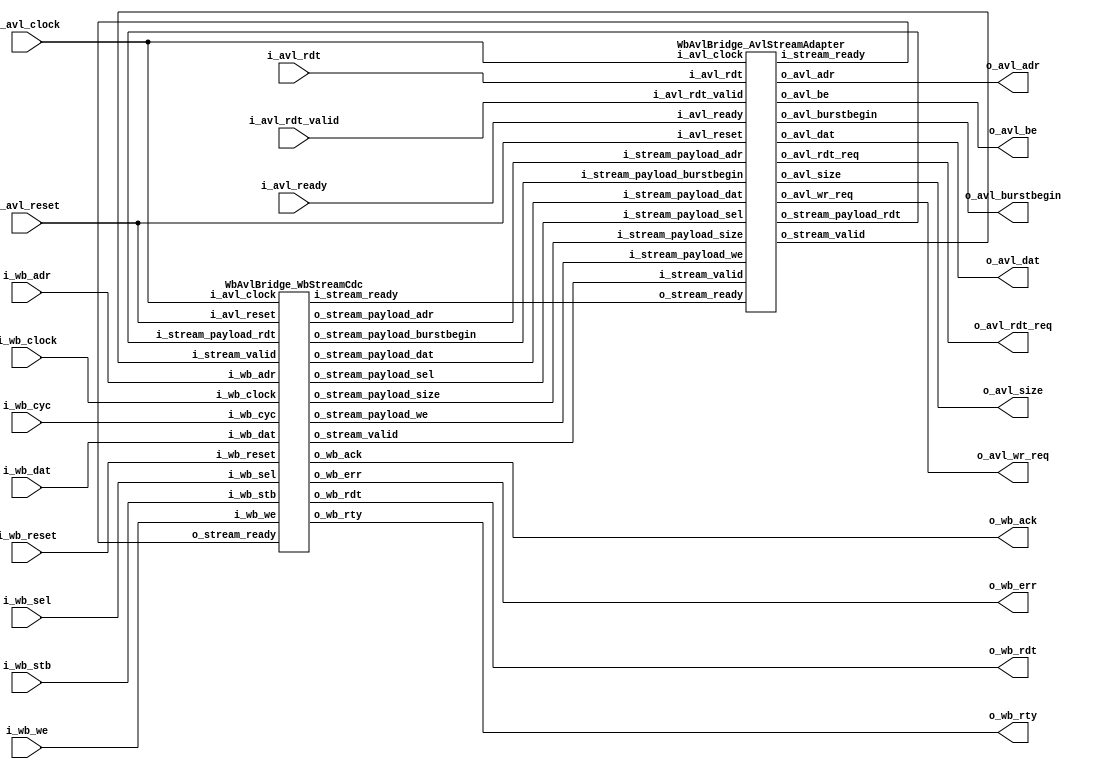
// Generator : SpinalHDL v1.6.4    git head : 598c18959149eb18e5eee5b0aa3eef01ecaa41a1
// Component : WbAvlBridge
// Git hash  : 0d73750da08867d712ad142e7a44c2b5ab44ff1b

`timescale 1ns/1ps 

module WbAvlBridge (
  input               i_wb_clock,
  input               i_wb_reset,
  input      [31:0]   i_wb_adr,
  input      [3:0]    i_wb_sel,
  input      [31:0]   i_wb_dat,
  output     [31:0]   o_wb_rdt,
  input               i_wb_we,
  input               i_wb_cyc,
  input               i_wb_stb,
  output              o_wb_ack,
  output              o_wb_err,
  output              o_wb_rty,
  input               i_avl_clock,
  input               i_avl_reset,
  output              o_avl_burstbegin,
  output     [7:0]    o_avl_be,
  output     [25:0]   o_avl_adr,
  output     [63:0]   o_avl_dat,
  output              o_avl_wr_req,
  output              o_avl_rdt_req,
  output     [2:0]    o_avl_size,
  input      [63:0]   i_avl_rdt,
  input               i_avl_ready,
  input               i_avl_rdt_valid
);

  wire       [31:0]   wb_stream_o_wb_rdt;
  wire                wb_stream_o_wb_ack;
  wire                wb_stream_o_wb_err;
  wire                wb_stream_o_wb_rty;
  wire                wb_stream_i_stream_ready;
  wire                wb_stream_o_stream_valid;
  wire                wb_stream_o_stream_payload_we;
  wire       [25:0]   wb_stream_o_stream_payload_adr;
  wire       [63:0]   wb_stream_o_stream_payload_dat;
  wire       [7:0]    wb_stream_o_stream_payload_sel;
  wire                wb_stream_o_stream_payload_burstbegin;
  wire       [2:0]    wb_stream_o_stream_payload_size;
  wire                avl_stream_adapter_o_avl_burstbegin;
  wire       [7:0]    avl_stream_adapter_o_avl_be;
  wire       [25:0]   avl_stream_adapter_o_avl_adr;
  wire       [63:0]   avl_stream_adapter_o_avl_dat;
  wire                avl_stream_adapter_o_avl_wr_req;
  wire                avl_stream_adapter_o_avl_rdt_req;
  wire       [2:0]    avl_stream_adapter_o_avl_size;
  wire                avl_stream_adapter_o_stream_valid;
  wire       [63:0]   avl_stream_adapter_o_stream_payload_rdt;
  wire                avl_stream_adapter_i_stream_ready;

  WbAvlBridge_WbStreamCdc wb_stream (
    .i_wb_clock                     (i_wb_clock                                     ), //i
    .i_wb_reset                     (i_wb_reset                                     ), //i
    .i_wb_adr                       (i_wb_adr[31:0]                                 ), //i
    .i_wb_sel                       (i_wb_sel[3:0]                                  ), //i
    .i_wb_dat                       (i_wb_dat[31:0]                                 ), //i
    .o_wb_rdt                       (wb_stream_o_wb_rdt[31:0]                       ), //o
    .i_wb_we                        (i_wb_we                                        ), //i
    .i_wb_cyc                       (i_wb_cyc                                       ), //i
    .i_wb_stb                       (i_wb_stb                                       ), //i
    .o_wb_ack                       (wb_stream_o_wb_ack                             ), //o
    .o_wb_err                       (wb_stream_o_wb_err                             ), //o
    .o_wb_rty                       (wb_stream_o_wb_rty                             ), //o
    .i_avl_clock                    (i_avl_clock                                    ), //i
    .i_avl_reset                    (i_avl_reset                                    ), //i
    .i_stream_valid                 (avl_stream_adapter_o_stream_valid              ), //i
    .i_stream_ready                 (wb_stream_i_stream_ready                       ), //o
    .i_stream_payload_rdt           (avl_stream_adapter_o_stream_payload_rdt[63:0]  ), //i
    .o_stream_valid                 (wb_stream_o_stream_valid                       ), //o
    .o_stream_ready                 (avl_stream_adapter_i_stream_ready              ), //i
    .o_stream_payload_we            (wb_stream_o_stream_payload_we                  ), //o
    .o_stream_payload_adr           (wb_stream_o_stream_payload_adr[25:0]           ), //o
    .o_stream_payload_dat           (wb_stream_o_stream_payload_dat[63:0]           ), //o
    .o_stream_payload_sel           (wb_stream_o_stream_payload_sel[7:0]            ), //o
    .o_stream_payload_burstbegin    (wb_stream_o_stream_payload_burstbegin          ), //o
    .o_stream_payload_size          (wb_stream_o_stream_payload_size[2:0]           )  //o
  );
  WbAvlBridge_AvlStreamAdapter avl_stream_adapter (
    .i_avl_clock                    (i_avl_clock                                    ), //i
    .i_avl_reset                    (i_avl_reset                                    ), //i
    .o_avl_burstbegin               (avl_stream_adapter_o_avl_burstbegin            ), //o
    .o_avl_be                       (avl_stream_adapter_o_avl_be[7:0]               ), //o
    .o_avl_adr                      (avl_stream_adapter_o_avl_adr[25:0]             ), //o
    .o_avl_dat                      (avl_stream_adapter_o_avl_dat[63:0]             ), //o
    .o_avl_wr_req                   (avl_stream_adapter_o_avl_wr_req                ), //o
    .o_avl_rdt_req                  (avl_stream_adapter_o_avl_rdt_req               ), //o
    .o_avl_size                     (avl_stream_adapter_o_avl_size[2:0]             ), //o
    .i_avl_rdt                      (i_avl_rdt[63:0]                                ), //i
    .i_avl_ready                    (i_avl_ready                                    ), //i
    .i_avl_rdt_valid                (i_avl_rdt_valid                                ), //i
    .o_stream_valid                 (avl_stream_adapter_o_stream_valid              ), //o
    .o_stream_ready                 (wb_stream_i_stream_ready                       ), //i
    .o_stream_payload_rdt           (avl_stream_adapter_o_stream_payload_rdt[63:0]  ), //o
    .i_stream_valid                 (wb_stream_o_stream_valid                       ), //i
    .i_stream_ready                 (avl_stream_adapter_i_stream_ready              ), //o
    .i_stream_payload_we            (wb_stream_o_stream_payload_we                  ), //i
    .i_stream_payload_adr           (wb_stream_o_stream_payload_adr[25:0]           ), //i
    .i_stream_payload_dat           (wb_stream_o_stream_payload_dat[63:0]           ), //i
    .i_stream_payload_sel           (wb_stream_o_stream_payload_sel[7:0]            ), //i
    .i_stream_payload_burstbegin    (wb_stream_o_stream_payload_burstbegin          ), //i
    .i_stream_payload_size          (wb_stream_o_stream_payload_size[2:0]           )  //i
  );
  assign o_wb_rdt = wb_stream_o_wb_rdt;
  assign o_wb_ack = wb_stream_o_wb_ack;
  assign o_wb_err = wb_stream_o_wb_err;
  assign o_wb_rty = wb_stream_o_wb_rty;
  assign o_avl_burstbegin = avl_stream_adapter_o_avl_burstbegin;
  assign o_avl_be = avl_stream_adapter_o_avl_be;
  assign o_avl_adr = avl_stream_adapter_o_avl_adr;
  assign o_avl_dat = avl_stream_adapter_o_avl_dat;
  assign o_avl_wr_req = avl_stream_adapter_o_avl_wr_req;
  assign o_avl_rdt_req = avl_stream_adapter_o_avl_rdt_req;
  assign o_avl_size = avl_stream_adapter_o_avl_size;

endmodule

module WbAvlBridge_AvlStreamAdapter (
  input               i_avl_clock,
  input               i_avl_reset,
  output              o_avl_burstbegin,
  output     [7:0]    o_avl_be,
  output     [25:0]   o_avl_adr,
  output     [63:0]   o_avl_dat,
  output reg          o_avl_wr_req,
  output reg          o_avl_rdt_req,
  output     [2:0]    o_avl_size,
  input      [63:0]   i_avl_rdt,
  input               i_avl_ready,
  input               i_avl_rdt_valid,
  output reg          o_stream_valid,
  input               o_stream_ready,
  output     [63:0]   o_stream_payload_rdt,
  input               i_stream_valid,
  output reg          i_stream_ready,
  input               i_stream_payload_we,
  input      [25:0]   i_stream_payload_adr,
  input      [63:0]   i_stream_payload_dat,
  input      [7:0]    i_stream_payload_sel,
  input               i_stream_payload_burstbegin,
  input      [2:0]    i_stream_payload_size
);

  wire                when_AvlStreamAdapter_l66;

  always @(*) begin
    i_stream_ready = 1'b0;
    if(when_AvlStreamAdapter_l66) begin
      i_stream_ready = 1'b1;
    end
  end

  assign o_avl_burstbegin = i_stream_payload_burstbegin;
  assign o_avl_be = i_stream_payload_sel;
  assign o_avl_adr = i_stream_payload_adr;
  assign o_avl_dat = i_stream_payload_dat;
  always @(*) begin
    o_avl_wr_req = 1'b0;
    if(when_AvlStreamAdapter_l66) begin
      o_avl_wr_req = i_stream_payload_we;
    end
  end

  always @(*) begin
    o_avl_rdt_req = 1'b0;
    if(when_AvlStreamAdapter_l66) begin
      o_avl_rdt_req = (! i_stream_payload_we);
    end
  end

  assign o_avl_size = i_stream_payload_size;
  always @(*) begin
    o_stream_valid = 1'b0;
    if(i_avl_rdt_valid) begin
      o_stream_valid = 1'b1;
    end
  end

  assign o_stream_payload_rdt = i_avl_rdt;
  assign when_AvlStreamAdapter_l66 = (i_stream_valid && i_avl_ready);

endmodule

module WbAvlBridge_WbStreamCdc (
  input               i_wb_clock,
  input               i_wb_reset,
  input      [31:0]   i_wb_adr,
  input      [3:0]    i_wb_sel,
  input      [31:0]   i_wb_dat,
  output reg [31:0]   o_wb_rdt,
  input               i_wb_we,
  input               i_wb_cyc,
  input               i_wb_stb,
  output reg          o_wb_ack,
  output              o_wb_err,
  output              o_wb_rty,
  input               i_avl_clock,
  input               i_avl_reset,
  input               i_stream_valid,
  output reg          i_stream_ready,
  input      [63:0]   i_stream_payload_rdt,
  output reg          o_stream_valid,
  input               o_stream_ready,
  output              o_stream_payload_we,
  output     [25:0]   o_stream_payload_adr,
  output     [63:0]   o_stream_payload_dat,
  output     [7:0]    o_stream_payload_sel,
  output              o_stream_payload_burstbegin,
  output     [2:0]    o_stream_payload_size
);
  localparam wbClockArea_wbStateMachine_enumDef_BOOT = 2'd0;
  localparam wbClockArea_wbStateMachine_enumDef_Init = 2'd1;
  localparam wbClockArea_wbStateMachine_enumDef_Idle = 2'd2;
  localparam wbClockArea_wbStateMachine_enumDef_Read = 2'd3;
  localparam avlClockArea_avlStateMachine_enumDef_BOOT = 2'd0;
  localparam avlClockArea_avlStateMachine_enumDef_Init = 2'd1;
  localparam avlClockArea_avlStateMachine_enumDef_Idle = 2'd2;
  localparam avlClockArea_avlStateMachine_enumDef_Read = 2'd3;

  wire                fromWbStreamFifo_io_push_ready;
  wire                fromWbStreamFifo_io_pop_valid;
  wire                fromWbStreamFifo_io_pop_payload_we;
  wire       [25:0]   fromWbStreamFifo_io_pop_payload_adr;
  wire       [7:0]    fromWbStreamFifo_io_pop_payload_sel;
  wire       [63:0]   fromWbStreamFifo_io_pop_payload_dat;
  wire       [3:0]    fromWbStreamFifo_io_pushOccupancy;
  wire       [3:0]    fromWbStreamFifo_io_popOccupancy;
  wire                fromMemStreamFifoCC_io_push_ready;
  wire                fromMemStreamFifoCC_io_pop_valid;
  wire       [63:0]   fromMemStreamFifoCC_io_pop_payload_rdt;
  wire       [1:0]    fromMemStreamFifoCC_io_pushOccupancy;
  wire       [1:0]    fromMemStreamFifoCC_io_popOccupancy;
  reg        [7:0]    sel;
  reg                 fromWbToCdcStream_valid;
  wire                fromWbToCdcStream_ready;
  wire                fromWbToCdcStream_payload_we;
  wire       [25:0]   fromWbToCdcStream_payload_adr;
  wire       [7:0]    fromWbToCdcStream_payload_sel;
  wire       [63:0]   fromWbToCdcStream_payload_dat;
  wire                fromCdcToMemStream_valid;
  reg                 fromCdcToMemStream_ready;
  wire                fromCdcToMemStream_payload_we;
  wire       [25:0]   fromCdcToMemStream_payload_adr;
  wire       [7:0]    fromCdcToMemStream_payload_sel;
  wire       [63:0]   fromCdcToMemStream_payload_dat;
  reg                 fromMemToCdcStream_valid;
  wire                fromMemToCdcStream_ready;
  wire       [63:0]   fromMemToCdcStream_payload_rdt;
  wire                fromCdcToWbStream_valid;
  reg                 fromCdcToWbStream_ready;
  wire       [63:0]   fromCdcToWbStream_payload_rdt;
  wire                switch_WbStreamCdc_l184;
  wire                wbClockArea_wbStateMachine_wantExit;
  reg                 wbClockArea_wbStateMachine_wantStart;
  wire                wbClockArea_wbStateMachine_wantKill;
  wire                avlClockArea_avlStateMachine_wantExit;
  reg                 avlClockArea_avlStateMachine_wantStart;
  wire                avlClockArea_avlStateMachine_wantKill;
  reg        [1:0]    wbClockArea_wbStateMachine_stateReg;
  reg        [1:0]    wbClockArea_wbStateMachine_stateNext;
  wire                when_WbStreamCdc_l214;
  wire                when_WbStreamCdc_l217;
  reg        [1:0]    avlClockArea_avlStateMachine_stateReg;
  reg        [1:0]    avlClockArea_avlStateMachine_stateNext;
  `ifndef SYNTHESIS
  reg [31:0] wbClockArea_wbStateMachine_stateReg_string;
  reg [31:0] wbClockArea_wbStateMachine_stateNext_string;
  reg [31:0] avlClockArea_avlStateMachine_stateReg_string;
  reg [31:0] avlClockArea_avlStateMachine_stateNext_string;
  `endif


  WbAvlBridge_StreamFifoCC fromWbStreamFifo (
    .io_push_valid          (fromWbToCdcStream_valid                    ), //i
    .io_push_ready          (fromWbStreamFifo_io_push_ready             ), //o
    .io_push_payload_we     (fromWbToCdcStream_payload_we               ), //i
    .io_push_payload_adr    (fromWbToCdcStream_payload_adr[25:0]        ), //i
    .io_push_payload_sel    (fromWbToCdcStream_payload_sel[7:0]         ), //i
    .io_push_payload_dat    (fromWbToCdcStream_payload_dat[63:0]        ), //i
    .io_pop_valid           (fromWbStreamFifo_io_pop_valid              ), //o
    .io_pop_ready           (fromCdcToMemStream_ready                   ), //i
    .io_pop_payload_we      (fromWbStreamFifo_io_pop_payload_we         ), //o
    .io_pop_payload_adr     (fromWbStreamFifo_io_pop_payload_adr[25:0]  ), //o
    .io_pop_payload_sel     (fromWbStreamFifo_io_pop_payload_sel[7:0]   ), //o
    .io_pop_payload_dat     (fromWbStreamFifo_io_pop_payload_dat[63:0]  ), //o
    .io_pushOccupancy       (fromWbStreamFifo_io_pushOccupancy[3:0]     ), //o
    .io_popOccupancy        (fromWbStreamFifo_io_popOccupancy[3:0]      ), //o
    .i_wb_clock             (i_wb_clock                                 ), //i
    .i_wb_reset             (i_wb_reset                                 ), //i
    .i_avl_clock            (i_avl_clock                                )  //i
  );
  WbAvlBridge_StreamFifoCC_1 fromMemStreamFifoCC (
    .io_push_valid          (fromMemToCdcStream_valid                      ), //i
    .io_push_ready          (fromMemStreamFifoCC_io_push_ready             ), //o
    .io_push_payload_rdt    (fromMemToCdcStream_payload_rdt[63:0]          ), //i
    .io_pop_valid           (fromMemStreamFifoCC_io_pop_valid              ), //o
    .io_pop_ready           (fromCdcToWbStream_ready                       ), //i
    .io_pop_payload_rdt     (fromMemStreamFifoCC_io_pop_payload_rdt[63:0]  ), //o
    .io_pushOccupancy       (fromMemStreamFifoCC_io_pushOccupancy[1:0]     ), //o
    .io_popOccupancy        (fromMemStreamFifoCC_io_popOccupancy[1:0]      ), //o
    .i_avl_clock            (i_avl_clock                                   ), //i
    .i_avl_reset            (i_avl_reset                                   ), //i
    .i_wb_clock             (i_wb_clock                                    )  //i
  );
  `ifndef SYNTHESIS
  always @(*) begin
    case(wbClockArea_wbStateMachine_stateReg)
      wbClockArea_wbStateMachine_enumDef_BOOT : wbClockArea_wbStateMachine_stateReg_string = "BOOT";
      wbClockArea_wbStateMachine_enumDef_Init : wbClockArea_wbStateMachine_stateReg_string = "Init";
      wbClockArea_wbStateMachine_enumDef_Idle : wbClockArea_wbStateMachine_stateReg_string = "Idle";
      wbClockArea_wbStateMachine_enumDef_Read : wbClockArea_wbStateMachine_stateReg_string = "Read";
      default : wbClockArea_wbStateMachine_stateReg_string = "????";
    endcase
  end
  always @(*) begin
    case(wbClockArea_wbStateMachine_stateNext)
      wbClockArea_wbStateMachine_enumDef_BOOT : wbClockArea_wbStateMachine_stateNext_string = "BOOT";
      wbClockArea_wbStateMachine_enumDef_Init : wbClockArea_wbStateMachine_stateNext_string = "Init";
      wbClockArea_wbStateMachine_enumDef_Idle : wbClockArea_wbStateMachine_stateNext_string = "Idle";
      wbClockArea_wbStateMachine_enumDef_Read : wbClockArea_wbStateMachine_stateNext_string = "Read";
      default : wbClockArea_wbStateMachine_stateNext_string = "????";
    endcase
  end
  always @(*) begin
    case(avlClockArea_avlStateMachine_stateReg)
      avlClockArea_avlStateMachine_enumDef_BOOT : avlClockArea_avlStateMachine_stateReg_string = "BOOT";
      avlClockArea_avlStateMachine_enumDef_Init : avlClockArea_avlStateMachine_stateReg_string = "Init";
      avlClockArea_avlStateMachine_enumDef_Idle : avlClockArea_avlStateMachine_stateReg_string = "Idle";
      avlClockArea_avlStateMachine_enumDef_Read : avlClockArea_avlStateMachine_stateReg_string = "Read";
      default : avlClockArea_avlStateMachine_stateReg_string = "????";
    endcase
  end
  always @(*) begin
    case(avlClockArea_avlStateMachine_stateNext)
      avlClockArea_avlStateMachine_enumDef_BOOT : avlClockArea_avlStateMachine_stateNext_string = "BOOT";
      avlClockArea_avlStateMachine_enumDef_Init : avlClockArea_avlStateMachine_stateNext_string = "Init";
      avlClockArea_avlStateMachine_enumDef_Idle : avlClockArea_avlStateMachine_stateNext_string = "Idle";
      avlClockArea_avlStateMachine_enumDef_Read : avlClockArea_avlStateMachine_stateNext_string = "Read";
      default : avlClockArea_avlStateMachine_stateNext_string = "????";
    endcase
  end
  `endif

  assign o_wb_err = 1'b0;
  assign o_wb_rty = 1'b0;
  always @(*) begin
    fromWbToCdcStream_valid = 1'b0;
    case(wbClockArea_wbStateMachine_stateReg)
      wbClockArea_wbStateMachine_enumDef_Init : begin
      end
      wbClockArea_wbStateMachine_enumDef_Idle : begin
        if(when_WbStreamCdc_l214) begin
          fromWbToCdcStream_valid = 1'b1;
        end
      end
      wbClockArea_wbStateMachine_enumDef_Read : begin
      end
      default : begin
      end
    endcase
  end

  assign fromWbToCdcStream_payload_adr = i_wb_adr[28 : 3];
  assign fromWbToCdcStream_payload_dat = {i_wb_dat,i_wb_dat};
  assign fromWbToCdcStream_payload_we = i_wb_we;
  assign fromWbToCdcStream_payload_sel = sel;
  always @(*) begin
    fromCdcToMemStream_ready = 1'b0;
    case(avlClockArea_avlStateMachine_stateReg)
      avlClockArea_avlStateMachine_enumDef_Init : begin
      end
      avlClockArea_avlStateMachine_enumDef_Idle : begin
        if(fromCdcToMemStream_valid) begin
          if(fromCdcToMemStream_payload_we) begin
            fromCdcToMemStream_ready = 1'b1;
          end
        end
      end
      avlClockArea_avlStateMachine_enumDef_Read : begin
        if(i_stream_valid) begin
          fromCdcToMemStream_ready = 1'b1;
        end
      end
      default : begin
      end
    endcase
  end

  assign fromWbToCdcStream_ready = fromWbStreamFifo_io_push_ready;
  assign fromCdcToMemStream_valid = fromWbStreamFifo_io_pop_valid;
  assign fromCdcToMemStream_payload_we = fromWbStreamFifo_io_pop_payload_we;
  assign fromCdcToMemStream_payload_adr = fromWbStreamFifo_io_pop_payload_adr;
  assign fromCdcToMemStream_payload_sel = fromWbStreamFifo_io_pop_payload_sel;
  assign fromCdcToMemStream_payload_dat = fromWbStreamFifo_io_pop_payload_dat;
  always @(*) begin
    fromMemToCdcStream_valid = 1'b0;
    case(avlClockArea_avlStateMachine_stateReg)
      avlClockArea_avlStateMachine_enumDef_Init : begin
      end
      avlClockArea_avlStateMachine_enumDef_Idle : begin
      end
      avlClockArea_avlStateMachine_enumDef_Read : begin
        if(i_stream_valid) begin
          fromMemToCdcStream_valid = 1'b1;
        end
      end
      default : begin
      end
    endcase
  end

  always @(*) begin
    fromCdcToWbStream_ready = 1'b0;
    case(wbClockArea_wbStateMachine_stateReg)
      wbClockArea_wbStateMachine_enumDef_Init : begin
      end
      wbClockArea_wbStateMachine_enumDef_Idle : begin
      end
      wbClockArea_wbStateMachine_enumDef_Read : begin
        if(fromCdcToWbStream_valid) begin
          fromCdcToWbStream_ready = 1'b1;
        end
      end
      default : begin
      end
    endcase
  end

  assign fromMemToCdcStream_ready = fromMemStreamFifoCC_io_push_ready;
  assign fromCdcToWbStream_valid = fromMemStreamFifoCC_io_pop_valid;
  assign fromCdcToWbStream_payload_rdt = fromMemStreamFifoCC_io_pop_payload_rdt;
  assign switch_WbStreamCdc_l184 = i_wb_adr[2];
  always @(*) begin
    case(switch_WbStreamCdc_l184)
      1'b0 : begin
        sel = {4'b0000,i_wb_sel};
      end
      default : begin
        sel = {i_wb_sel,4'b0000};
      end
    endcase
  end

  always @(*) begin
    case(switch_WbStreamCdc_l184)
      1'b0 : begin
        o_wb_rdt = fromCdcToWbStream_payload_rdt[31 : 0];
      end
      default : begin
        o_wb_rdt = fromCdcToWbStream_payload_rdt[63 : 32];
      end
    endcase
  end

  always @(*) begin
    o_wb_ack = 1'b0;
    case(wbClockArea_wbStateMachine_stateReg)
      wbClockArea_wbStateMachine_enumDef_Init : begin
      end
      wbClockArea_wbStateMachine_enumDef_Idle : begin
        if(when_WbStreamCdc_l214) begin
          if(when_WbStreamCdc_l217) begin
            o_wb_ack = 1'b1;
          end
        end
      end
      wbClockArea_wbStateMachine_enumDef_Read : begin
        if(fromCdcToWbStream_valid) begin
          o_wb_ack = 1'b1;
        end
      end
      default : begin
      end
    endcase
  end

  assign wbClockArea_wbStateMachine_wantExit = 1'b0;
  always @(*) begin
    wbClockArea_wbStateMachine_wantStart = 1'b0;
    case(wbClockArea_wbStateMachine_stateReg)
      wbClockArea_wbStateMachine_enumDef_Init : begin
      end
      wbClockArea_wbStateMachine_enumDef_Idle : begin
      end
      wbClockArea_wbStateMachine_enumDef_Read : begin
      end
      default : begin
        wbClockArea_wbStateMachine_wantStart = 1'b1;
      end
    endcase
  end

  assign wbClockArea_wbStateMachine_wantKill = 1'b0;
  always @(*) begin
    i_stream_ready = 1'b0;
    case(avlClockArea_avlStateMachine_stateReg)
      avlClockArea_avlStateMachine_enumDef_Init : begin
      end
      avlClockArea_avlStateMachine_enumDef_Idle : begin
      end
      avlClockArea_avlStateMachine_enumDef_Read : begin
        if(i_stream_valid) begin
          i_stream_ready = 1'b1;
        end
      end
      default : begin
      end
    endcase
  end

  always @(*) begin
    o_stream_valid = 1'b0;
    case(avlClockArea_avlStateMachine_stateReg)
      avlClockArea_avlStateMachine_enumDef_Init : begin
      end
      avlClockArea_avlStateMachine_enumDef_Idle : begin
        if(fromCdcToMemStream_valid) begin
          o_stream_valid = 1'b1;
        end
      end
      avlClockArea_avlStateMachine_enumDef_Read : begin
      end
      default : begin
      end
    endcase
  end

  assign o_stream_payload_sel = fromCdcToMemStream_payload_sel;
  assign o_stream_payload_dat = fromCdcToMemStream_payload_dat;
  assign o_stream_payload_burstbegin = 1'b0;
  assign o_stream_payload_size = 3'b001;
  assign o_stream_payload_we = fromCdcToMemStream_payload_we;
  assign o_stream_payload_adr = fromCdcToMemStream_payload_adr;
  assign fromMemToCdcStream_payload_rdt = i_stream_payload_rdt;
  assign avlClockArea_avlStateMachine_wantExit = 1'b0;
  always @(*) begin
    avlClockArea_avlStateMachine_wantStart = 1'b0;
    case(avlClockArea_avlStateMachine_stateReg)
      avlClockArea_avlStateMachine_enumDef_Init : begin
      end
      avlClockArea_avlStateMachine_enumDef_Idle : begin
      end
      avlClockArea_avlStateMachine_enumDef_Read : begin
      end
      default : begin
        avlClockArea_avlStateMachine_wantStart = 1'b1;
      end
    endcase
  end

  assign avlClockArea_avlStateMachine_wantKill = 1'b0;
  always @(*) begin
    wbClockArea_wbStateMachine_stateNext = wbClockArea_wbStateMachine_stateReg;
    case(wbClockArea_wbStateMachine_stateReg)
      wbClockArea_wbStateMachine_enumDef_Init : begin
        wbClockArea_wbStateMachine_stateNext = wbClockArea_wbStateMachine_enumDef_Idle;
      end
      wbClockArea_wbStateMachine_enumDef_Idle : begin
        if(when_WbStreamCdc_l214) begin
          if(when_WbStreamCdc_l217) begin
            wbClockArea_wbStateMachine_stateNext = wbClockArea_wbStateMachine_enumDef_Idle;
          end else begin
            wbClockArea_wbStateMachine_stateNext = wbClockArea_wbStateMachine_enumDef_Read;
          end
        end
      end
      wbClockArea_wbStateMachine_enumDef_Read : begin
        if(fromCdcToWbStream_valid) begin
          wbClockArea_wbStateMachine_stateNext = wbClockArea_wbStateMachine_enumDef_Idle;
        end
      end
      default : begin
      end
    endcase
    if(wbClockArea_wbStateMachine_wantStart) begin
      wbClockArea_wbStateMachine_stateNext = wbClockArea_wbStateMachine_enumDef_Init;
    end
    if(wbClockArea_wbStateMachine_wantKill) begin
      wbClockArea_wbStateMachine_stateNext = wbClockArea_wbStateMachine_enumDef_BOOT;
    end
  end

  assign when_WbStreamCdc_l214 = ((i_wb_cyc && i_wb_stb) && (fromWbStreamFifo_io_pushOccupancy < 4'b0111));
  assign when_WbStreamCdc_l217 = (i_wb_we == 1'b1);
  always @(*) begin
    avlClockArea_avlStateMachine_stateNext = avlClockArea_avlStateMachine_stateReg;
    case(avlClockArea_avlStateMachine_stateReg)
      avlClockArea_avlStateMachine_enumDef_Init : begin
        avlClockArea_avlStateMachine_stateNext = avlClockArea_avlStateMachine_enumDef_Idle;
      end
      avlClockArea_avlStateMachine_enumDef_Idle : begin
        avlClockArea_avlStateMachine_stateNext = avlClockArea_avlStateMachine_enumDef_Idle;
        if(fromCdcToMemStream_valid) begin
          if(!fromCdcToMemStream_payload_we) begin
            avlClockArea_avlStateMachine_stateNext = avlClockArea_avlStateMachine_enumDef_Read;
          end
        end
      end
      avlClockArea_avlStateMachine_enumDef_Read : begin
        if(i_stream_valid) begin
          avlClockArea_avlStateMachine_stateNext = avlClockArea_avlStateMachine_enumDef_Idle;
        end
      end
      default : begin
      end
    endcase
    if(avlClockArea_avlStateMachine_wantStart) begin
      avlClockArea_avlStateMachine_stateNext = avlClockArea_avlStateMachine_enumDef_Init;
    end
    if(avlClockArea_avlStateMachine_wantKill) begin
      avlClockArea_avlStateMachine_stateNext = avlClockArea_avlStateMachine_enumDef_BOOT;
    end
  end

  always @(posedge i_wb_clock or posedge i_wb_reset) begin
    if(i_wb_reset) begin
      wbClockArea_wbStateMachine_stateReg <= wbClockArea_wbStateMachine_enumDef_BOOT;
    end else begin
      wbClockArea_wbStateMachine_stateReg <= wbClockArea_wbStateMachine_stateNext;
    end
  end

  always @(posedge i_avl_clock or posedge i_avl_reset) begin
    if(i_avl_reset) begin
      avlClockArea_avlStateMachine_stateReg <= avlClockArea_avlStateMachine_enumDef_BOOT;
    end else begin
      avlClockArea_avlStateMachine_stateReg <= avlClockArea_avlStateMachine_stateNext;
    end
  end


endmodule

module WbAvlBridge_StreamFifoCC_1 (
  input               io_push_valid,
  output              io_push_ready,
  input      [63:0]   io_push_payload_rdt,
  output              io_pop_valid,
  input               io_pop_ready,
  output     [63:0]   io_pop_payload_rdt,
  output     [1:0]    io_pushOccupancy,
  output     [1:0]    io_popOccupancy,
  input               i_avl_clock,
  input               i_avl_reset,
  input               i_wb_clock
);

  reg        [63:0]   _zz_ram_port1;
  wire       [1:0]    popToPushGray_buffercc_io_dataOut;
  wire                bufferCC_io_dataOut;
  wire       [1:0]    pushToPopGray_buffercc_io_dataOut;
  wire       [1:0]    _zz_pushCC_pushPtrGray;
  wire       [0:0]    _zz_ram_port;
  wire       [1:0]    _zz_popCC_popPtrGray;
  wire       [0:0]    _zz_ram_port_1;
  wire                _zz_ram_port_2;
  wire       [0:0]    _zz_io_pop_payload_rdt_1;
  wire                _zz_io_pop_payload_rdt_2;
  reg                 _zz_1;
  wire       [1:0]    popToPushGray;
  wire       [1:0]    pushToPopGray;
  reg        [1:0]    pushCC_pushPtr;
  wire       [1:0]    pushCC_pushPtrPlus;
  wire                io_push_fire;
  reg        [1:0]    pushCC_pushPtrGray;
  wire       [1:0]    pushCC_popPtrGray;
  wire                pushCC_full;
  wire                io_push_fire_1;
  wire                _zz_io_pushOccupancy;
  wire                wb_stream_i_avl_reset_syncronized;
  reg        [1:0]    popCC_popPtr;
  wire       [1:0]    popCC_popPtrPlus;
  wire                io_pop_fire;
  reg        [1:0]    popCC_popPtrGray;
  wire       [1:0]    popCC_pushPtrGray;
  wire                popCC_empty;
  wire                io_pop_fire_1;
  wire       [1:0]    _zz_io_pop_payload_rdt;
  wire                io_pop_fire_2;
  wire                _zz_io_popOccupancy;
  reg [63:0] ram [0:1];

  assign _zz_pushCC_pushPtrGray = (pushCC_pushPtrPlus >>> 1'b1);
  assign _zz_ram_port = pushCC_pushPtr[0:0];
  assign _zz_popCC_popPtrGray = (popCC_popPtrPlus >>> 1'b1);
  assign _zz_io_pop_payload_rdt_1 = _zz_io_pop_payload_rdt[0:0];
  assign _zz_io_pop_payload_rdt_2 = 1'b1;
  always @(posedge i_avl_clock) begin
    if(_zz_1) begin
      ram[_zz_ram_port] <= io_push_payload_rdt;
    end
  end

  always @(posedge i_wb_clock) begin
    if(_zz_io_pop_payload_rdt_2) begin
      _zz_ram_port1 <= ram[_zz_io_pop_payload_rdt_1];
    end
  end

  WbAvlBridge_BufferCC_3 popToPushGray_buffercc (
    .io_dataIn      (popToPushGray[1:0]                      ), //i
    .io_dataOut     (popToPushGray_buffercc_io_dataOut[1:0]  ), //o
    .i_avl_clock    (i_avl_clock                             ), //i
    .i_avl_reset    (i_avl_reset                             )  //i
  );
  WbAvlBridge_BufferCC_4 bufferCC (
    .io_dataIn      (1'b0                 ), //i
    .io_dataOut     (bufferCC_io_dataOut  ), //o
    .i_wb_clock     (i_wb_clock           ), //i
    .i_avl_reset    (i_avl_reset          )  //i
  );
  WbAvlBridge_BufferCC_5 pushToPopGray_buffercc (
    .io_dataIn                            (pushToPopGray[1:0]                      ), //i
    .io_dataOut                           (pushToPopGray_buffercc_io_dataOut[1:0]  ), //o
    .i_wb_clock                           (i_wb_clock                              ), //i
    .wb_stream_i_avl_reset_syncronized    (wb_stream_i_avl_reset_syncronized       )  //i
  );
  always @(*) begin
    _zz_1 = 1'b0;
    if(io_push_fire_1) begin
      _zz_1 = 1'b1;
    end
  end

  assign pushCC_pushPtrPlus = (pushCC_pushPtr + 2'b01);
  assign io_push_fire = (io_push_valid && io_push_ready);
  assign pushCC_popPtrGray = popToPushGray_buffercc_io_dataOut;
  assign pushCC_full = ((pushCC_pushPtrGray[1 : 0] == (~ pushCC_popPtrGray[1 : 0])) && 1'b1);
  assign io_push_ready = (! pushCC_full);
  assign io_push_fire_1 = (io_push_valid && io_push_ready);
  assign _zz_io_pushOccupancy = pushCC_popPtrGray[1];
  assign io_pushOccupancy = (pushCC_pushPtr - {_zz_io_pushOccupancy,(pushCC_popPtrGray[0] ^ _zz_io_pushOccupancy)});
  assign wb_stream_i_avl_reset_syncronized = bufferCC_io_dataOut;
  assign popCC_popPtrPlus = (popCC_popPtr + 2'b01);
  assign io_pop_fire = (io_pop_valid && io_pop_ready);
  assign popCC_pushPtrGray = pushToPopGray_buffercc_io_dataOut;
  assign popCC_empty = (popCC_popPtrGray == popCC_pushPtrGray);
  assign io_pop_valid = (! popCC_empty);
  assign io_pop_fire_1 = (io_pop_valid && io_pop_ready);
  assign _zz_io_pop_payload_rdt = (io_pop_fire_1 ? popCC_popPtrPlus : popCC_popPtr);
  assign io_pop_payload_rdt = _zz_ram_port1[63 : 0];
  assign io_pop_fire_2 = (io_pop_valid && io_pop_ready);
  assign _zz_io_popOccupancy = popCC_pushPtrGray[1];
  assign io_popOccupancy = ({_zz_io_popOccupancy,(popCC_pushPtrGray[0] ^ _zz_io_popOccupancy)} - popCC_popPtr);
  assign pushToPopGray = pushCC_pushPtrGray;
  assign popToPushGray = popCC_popPtrGray;
  always @(posedge i_avl_clock or posedge i_avl_reset) begin
    if(i_avl_reset) begin
      pushCC_pushPtr <= 2'b00;
      pushCC_pushPtrGray <= 2'b00;
    end else begin
      if(io_push_fire) begin
        pushCC_pushPtrGray <= (_zz_pushCC_pushPtrGray ^ pushCC_pushPtrPlus);
      end
      if(io_push_fire_1) begin
        pushCC_pushPtr <= pushCC_pushPtrPlus;
      end
    end
  end

  always @(posedge i_wb_clock or posedge wb_stream_i_avl_reset_syncronized) begin
    if(wb_stream_i_avl_reset_syncronized) begin
      popCC_popPtr <= 2'b00;
      popCC_popPtrGray <= 2'b00;
    end else begin
      if(io_pop_fire) begin
        popCC_popPtrGray <= (_zz_popCC_popPtrGray ^ popCC_popPtrPlus);
      end
      if(io_pop_fire_2) begin
        popCC_popPtr <= popCC_popPtrPlus;
      end
    end
  end


endmodule

module WbAvlBridge_StreamFifoCC (
  input               io_push_valid,
  output              io_push_ready,
  input               io_push_payload_we,
  input      [25:0]   io_push_payload_adr,
  input      [7:0]    io_push_payload_sel,
  input      [63:0]   io_push_payload_dat,
  output              io_pop_valid,
  input               io_pop_ready,
  output              io_pop_payload_we,
  output     [25:0]   io_pop_payload_adr,
  output     [7:0]    io_pop_payload_sel,
  output     [63:0]   io_pop_payload_dat,
  output     [3:0]    io_pushOccupancy,
  output     [3:0]    io_popOccupancy,
  input               i_wb_clock,
  input               i_wb_reset,
  input               i_avl_clock
);

  reg        [98:0]   _zz_ram_port1;
  wire       [3:0]    popToPushGray_buffercc_io_dataOut;
  wire                bufferCC_io_dataOut;
  wire       [3:0]    pushToPopGray_buffercc_io_dataOut;
  wire       [3:0]    _zz_pushCC_pushPtrGray;
  wire       [2:0]    _zz_ram_port;
  wire       [98:0]   _zz_ram_port_1;
  wire       [3:0]    _zz_popCC_popPtrGray;
  wire       [2:0]    _zz_ram_port_2;
  wire                _zz_ram_port_3;
  wire       [2:0]    _zz__zz_io_pop_payload_we_1;
  wire                _zz__zz_io_pop_payload_we_1_1;
  reg                 _zz_1;
  wire       [3:0]    popToPushGray;
  wire       [3:0]    pushToPopGray;
  reg        [3:0]    pushCC_pushPtr;
  wire       [3:0]    pushCC_pushPtrPlus;
  wire                io_push_fire;
  reg        [3:0]    pushCC_pushPtrGray;
  wire       [3:0]    pushCC_popPtrGray;
  wire                pushCC_full;
  wire                io_push_fire_1;
  wire                _zz_io_pushOccupancy;
  wire                _zz_io_pushOccupancy_1;
  wire                _zz_io_pushOccupancy_2;
  wire                wb_stream_i_wb_reset_syncronized;
  reg        [3:0]    popCC_popPtr;
  wire       [3:0]    popCC_popPtrPlus;
  wire                io_pop_fire;
  reg        [3:0]    popCC_popPtrGray;
  wire       [3:0]    popCC_pushPtrGray;
  wire                popCC_empty;
  wire                io_pop_fire_1;
  wire       [3:0]    _zz_io_pop_payload_we;
  wire       [98:0]   _zz_io_pop_payload_we_1;
  wire                io_pop_fire_2;
  wire                _zz_io_popOccupancy;
  wire                _zz_io_popOccupancy_1;
  wire                _zz_io_popOccupancy_2;
  reg [98:0] ram [0:7];

  assign _zz_pushCC_pushPtrGray = (pushCC_pushPtrPlus >>> 1'b1);
  assign _zz_ram_port = pushCC_pushPtr[2:0];
  assign _zz_popCC_popPtrGray = (popCC_popPtrPlus >>> 1'b1);
  assign _zz__zz_io_pop_payload_we_1 = _zz_io_pop_payload_we[2:0];
  assign _zz_ram_port_1 = {io_push_payload_dat,{io_push_payload_sel,{io_push_payload_adr,io_push_payload_we}}};
  assign _zz__zz_io_pop_payload_we_1_1 = 1'b1;
  always @(posedge i_wb_clock) begin
    if(_zz_1) begin
      ram[_zz_ram_port] <= _zz_ram_port_1;
    end
  end

  always @(posedge i_avl_clock) begin
    if(_zz__zz_io_pop_payload_we_1_1) begin
      _zz_ram_port1 <= ram[_zz__zz_io_pop_payload_we_1];
    end
  end

  WbAvlBridge_BufferCC popToPushGray_buffercc (
    .io_dataIn     (popToPushGray[3:0]                      ), //i
    .io_dataOut    (popToPushGray_buffercc_io_dataOut[3:0]  ), //o
    .i_wb_clock    (i_wb_clock                              ), //i
    .i_wb_reset    (i_wb_reset                              )  //i
  );
  WbAvlBridge_BufferCC_1 bufferCC (
    .io_dataIn      (1'b0                 ), //i
    .io_dataOut     (bufferCC_io_dataOut  ), //o
    .i_avl_clock    (i_avl_clock          ), //i
    .i_wb_reset     (i_wb_reset           )  //i
  );
  WbAvlBridge_BufferCC_2 pushToPopGray_buffercc (
    .io_dataIn                           (pushToPopGray[3:0]                      ), //i
    .io_dataOut                          (pushToPopGray_buffercc_io_dataOut[3:0]  ), //o
    .i_avl_clock                         (i_avl_clock                             ), //i
    .wb_stream_i_wb_reset_syncronized    (wb_stream_i_wb_reset_syncronized        )  //i
  );
  always @(*) begin
    _zz_1 = 1'b0;
    if(io_push_fire_1) begin
      _zz_1 = 1'b1;
    end
  end

  assign pushCC_pushPtrPlus = (pushCC_pushPtr + 4'b0001);
  assign io_push_fire = (io_push_valid && io_push_ready);
  assign pushCC_popPtrGray = popToPushGray_buffercc_io_dataOut;
  assign pushCC_full = ((pushCC_pushPtrGray[3 : 2] == (~ pushCC_popPtrGray[3 : 2])) && (pushCC_pushPtrGray[1 : 0] == pushCC_popPtrGray[1 : 0]));
  assign io_push_ready = (! pushCC_full);
  assign io_push_fire_1 = (io_push_valid && io_push_ready);
  assign _zz_io_pushOccupancy = (pushCC_popPtrGray[1] ^ _zz_io_pushOccupancy_1);
  assign _zz_io_pushOccupancy_1 = (pushCC_popPtrGray[2] ^ _zz_io_pushOccupancy_2);
  assign _zz_io_pushOccupancy_2 = pushCC_popPtrGray[3];
  assign io_pushOccupancy = (pushCC_pushPtr - {_zz_io_pushOccupancy_2,{_zz_io_pushOccupancy_1,{_zz_io_pushOccupancy,(pushCC_popPtrGray[0] ^ _zz_io_pushOccupancy)}}});
  assign wb_stream_i_wb_reset_syncronized = bufferCC_io_dataOut;
  assign popCC_popPtrPlus = (popCC_popPtr + 4'b0001);
  assign io_pop_fire = (io_pop_valid && io_pop_ready);
  assign popCC_pushPtrGray = pushToPopGray_buffercc_io_dataOut;
  assign popCC_empty = (popCC_popPtrGray == popCC_pushPtrGray);
  assign io_pop_valid = (! popCC_empty);
  assign io_pop_fire_1 = (io_pop_valid && io_pop_ready);
  assign _zz_io_pop_payload_we = (io_pop_fire_1 ? popCC_popPtrPlus : popCC_popPtr);
  assign _zz_io_pop_payload_we_1 = _zz_ram_port1;
  assign io_pop_payload_we = _zz_io_pop_payload_we_1[0];
  assign io_pop_payload_adr = _zz_io_pop_payload_we_1[26 : 1];
  assign io_pop_payload_sel = _zz_io_pop_payload_we_1[34 : 27];
  assign io_pop_payload_dat = _zz_io_pop_payload_we_1[98 : 35];
  assign io_pop_fire_2 = (io_pop_valid && io_pop_ready);
  assign _zz_io_popOccupancy = (popCC_pushPtrGray[1] ^ _zz_io_popOccupancy_1);
  assign _zz_io_popOccupancy_1 = (popCC_pushPtrGray[2] ^ _zz_io_popOccupancy_2);
  assign _zz_io_popOccupancy_2 = popCC_pushPtrGray[3];
  assign io_popOccupancy = ({_zz_io_popOccupancy_2,{_zz_io_popOccupancy_1,{_zz_io_popOccupancy,(popCC_pushPtrGray[0] ^ _zz_io_popOccupancy)}}} - popCC_popPtr);
  assign pushToPopGray = pushCC_pushPtrGray;
  assign popToPushGray = popCC_popPtrGray;
  always @(posedge i_wb_clock or posedge i_wb_reset) begin
    if(i_wb_reset) begin
      pushCC_pushPtr <= 4'b0000;
      pushCC_pushPtrGray <= 4'b0000;
    end else begin
      if(io_push_fire) begin
        pushCC_pushPtrGray <= (_zz_pushCC_pushPtrGray ^ pushCC_pushPtrPlus);
      end
      if(io_push_fire_1) begin
        pushCC_pushPtr <= pushCC_pushPtrPlus;
      end
    end
  end

  always @(posedge i_avl_clock or posedge wb_stream_i_wb_reset_syncronized) begin
    if(wb_stream_i_wb_reset_syncronized) begin
      popCC_popPtr <= 4'b0000;
      popCC_popPtrGray <= 4'b0000;
    end else begin
      if(io_pop_fire) begin
        popCC_popPtrGray <= (_zz_popCC_popPtrGray ^ popCC_popPtrPlus);
      end
      if(io_pop_fire_2) begin
        popCC_popPtr <= popCC_popPtrPlus;
      end
    end
  end


endmodule

module WbAvlBridge_BufferCC_5 (
  input      [1:0]    io_dataIn,
  output     [1:0]    io_dataOut,
  input               i_wb_clock,
  input               wb_stream_i_avl_reset_syncronized
);

  (* async_reg = "true" *) reg        [1:0]    buffers_0;
  (* async_reg = "true" *) reg        [1:0]    buffers_1;

  assign io_dataOut = buffers_1;
  always @(posedge i_wb_clock or posedge wb_stream_i_avl_reset_syncronized) begin
    if(wb_stream_i_avl_reset_syncronized) begin
      buffers_0 <= 2'b00;
      buffers_1 <= 2'b00;
    end else begin
      buffers_0 <= io_dataIn;
      buffers_1 <= buffers_0;
    end
  end


endmodule

module WbAvlBridge_BufferCC_4 (
  input               io_dataIn,
  output              io_dataOut,
  input               i_wb_clock,
  input               i_avl_reset
);

  (* async_reg = "true" *) reg                 buffers_0;
  (* async_reg = "true" *) reg                 buffers_1;

  assign io_dataOut = buffers_1;
  always @(posedge i_wb_clock or posedge i_avl_reset) begin
    if(i_avl_reset) begin
      buffers_0 <= 1'b1;
      buffers_1 <= 1'b1;
    end else begin
      buffers_0 <= io_dataIn;
      buffers_1 <= buffers_0;
    end
  end


endmodule

module WbAvlBridge_BufferCC_3 (
  input      [1:0]    io_dataIn,
  output     [1:0]    io_dataOut,
  input               i_avl_clock,
  input               i_avl_reset
);

  (* async_reg = "true" *) reg        [1:0]    buffers_0;
  (* async_reg = "true" *) reg        [1:0]    buffers_1;

  assign io_dataOut = buffers_1;
  always @(posedge i_avl_clock or posedge i_avl_reset) begin
    if(i_avl_reset) begin
      buffers_0 <= 2'b00;
      buffers_1 <= 2'b00;
    end else begin
      buffers_0 <= io_dataIn;
      buffers_1 <= buffers_0;
    end
  end


endmodule

module WbAvlBridge_BufferCC_2 (
  input      [3:0]    io_dataIn,
  output     [3:0]    io_dataOut,
  input               i_avl_clock,
  input               wb_stream_i_wb_reset_syncronized
);

  (* async_reg = "true" *) reg        [3:0]    buffers_0;
  (* async_reg = "true" *) reg        [3:0]    buffers_1;

  assign io_dataOut = buffers_1;
  always @(posedge i_avl_clock or posedge wb_stream_i_wb_reset_syncronized) begin
    if(wb_stream_i_wb_reset_syncronized) begin
      buffers_0 <= 4'b0000;
      buffers_1 <= 4'b0000;
    end else begin
      buffers_0 <= io_dataIn;
      buffers_1 <= buffers_0;
    end
  end


endmodule

module WbAvlBridge_BufferCC_1 (
  input               io_dataIn,
  output              io_dataOut,
  input               i_avl_clock,
  input               i_wb_reset
);

  (* async_reg = "true" *) reg                 buffers_0;
  (* async_reg = "true" *) reg                 buffers_1;

  assign io_dataOut = buffers_1;
  always @(posedge i_avl_clock or posedge i_wb_reset) begin
    if(i_wb_reset) begin
      buffers_0 <= 1'b1;
      buffers_1 <= 1'b1;
    end else begin
      buffers_0 <= io_dataIn;
      buffers_1 <= buffers_0;
    end
  end


endmodule

module WbAvlBridge_BufferCC (
  input      [3:0]    io_dataIn,
  output     [3:0]    io_dataOut,
  input               i_wb_clock,
  input               i_wb_reset
);

  (* async_reg = "true" *) reg        [3:0]    buffers_0;
  (* async_reg = "true" *) reg        [3:0]    buffers_1;

  assign io_dataOut = buffers_1;
  always @(posedge i_wb_clock or posedge i_wb_reset) begin
    if(i_wb_reset) begin
      buffers_0 <= 4'b0000;
      buffers_1 <= 4'b0000;
    end else begin
      buffers_0 <= io_dataIn;
      buffers_1 <= buffers_0;
    end
  end


endmodule